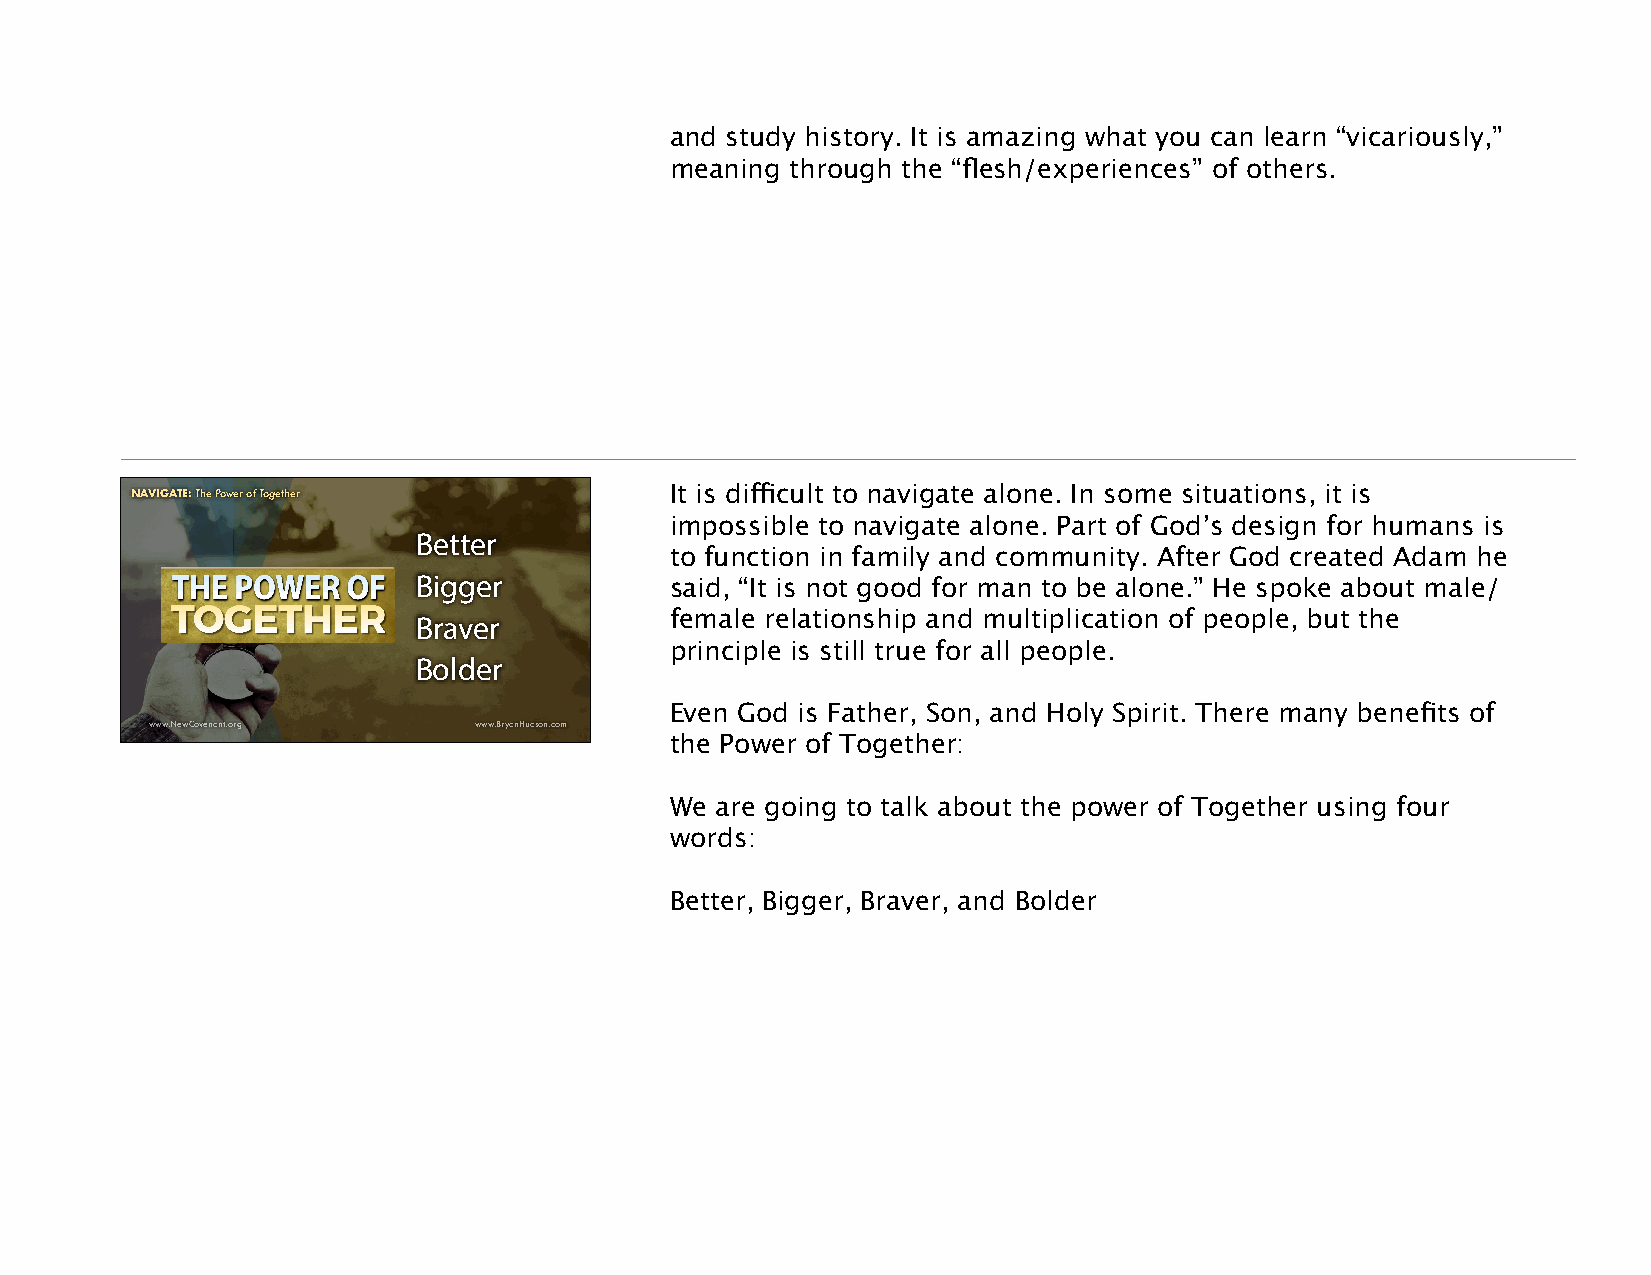
and study history. It is amazing what you can learn “vicariously,”
 meaning through the “flesh/experiences” of others.
 NNAAVIVGAIGTE:A HTowE :t oT Shuecc ePsosfwul eJoru ronfe yT Tohgroeugthh eLirfe and These Times It is difficult to navigate alone. In some situations, it is
 impossible to navigate alone. Part of God’s design for humans is
 Better
 to function in family and community. After God created Adam he
 Bigger           said, “It is not good for man to be alone.” He spoke about male/
 female relationship and multiplication of people, but the
 Braver
 principle is still true for all people.
 Bolder
 Even God is Father, Son, and Holy Spirit. There many benefits of
 www.NewCovenant.org  www.BryanHudson.com
 the Power of Together:
 We are going to talk about the power of Together using four
 words:
 Better, Bigger, Braver, and Bolder